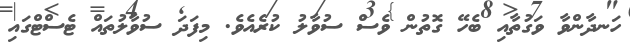
ހަނދާންވާ ވަގުތާއި ބެހޭ ގޮތުން ވެސް ސުވާލު ކުރެއެވެ. މިފަދަ ސުވާލުތައް ޓެސްޓްގައި